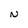
Character: N